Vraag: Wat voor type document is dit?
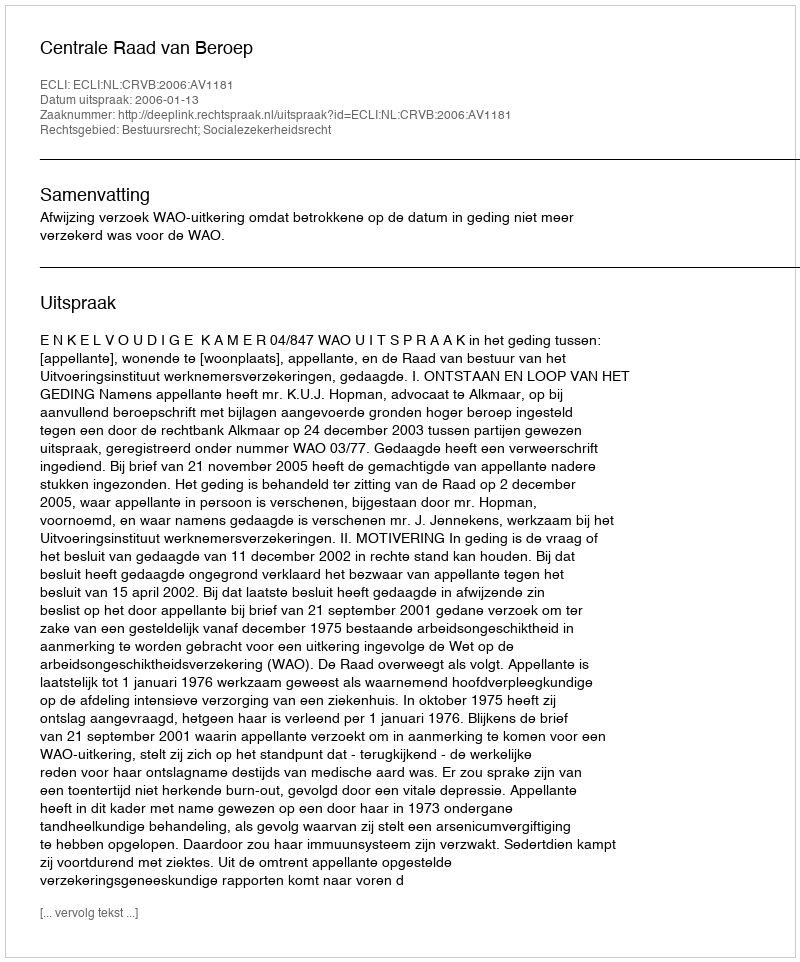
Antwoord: Uitspraak